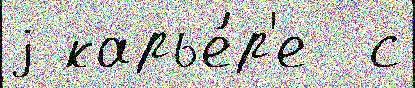
j карье́р'е  с